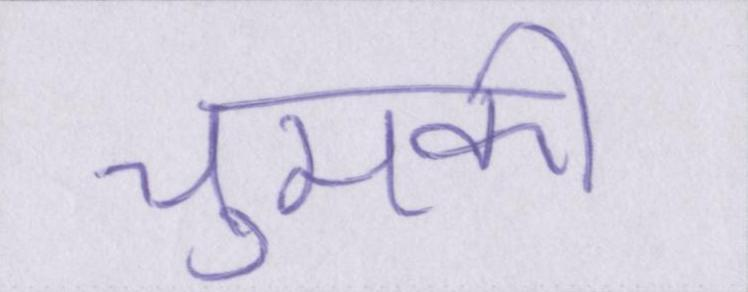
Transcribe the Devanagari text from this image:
चुमकी